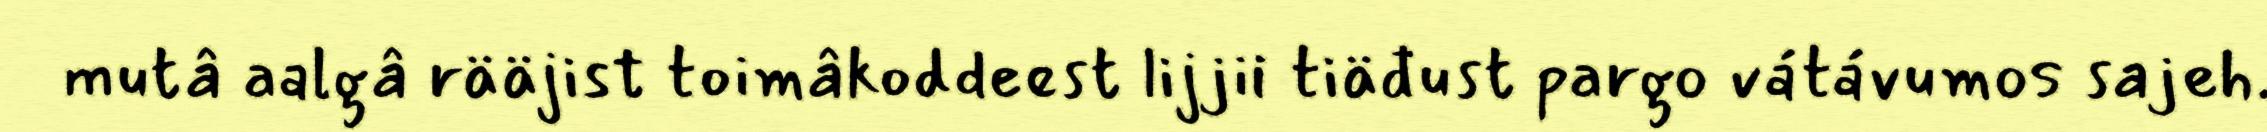
mutâ aalgâ rääjist toimâkoddeest lijjii tiäđust pargo vátávumos sajeh.